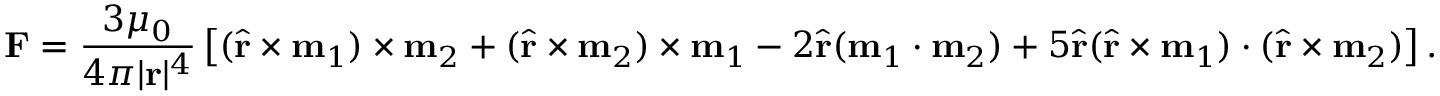
\mathbf { F } = { \frac { 3 \mu _ { 0 } } { 4 \pi | \mathbf { r } | ^ { 4 } } } \left[ ( { \hat { \mathbf { r } } } \times \mathbf { m } _ { 1 } ) \times \mathbf { m } _ { 2 } + ( { \hat { \mathbf { r } } } \times \mathbf { m } _ { 2 } ) \times \mathbf { m } _ { 1 } - 2 { \hat { \mathbf { r } } } ( \mathbf { m } _ { 1 } \cdot \mathbf { m } _ { 2 } ) + 5 { \hat { \mathbf { r } } } ( { \hat { \mathbf { r } } } \times \mathbf { m } _ { 1 } ) \cdot ( { \hat { \mathbf { r } } } \times \mathbf { m } _ { 2 } ) \right] .